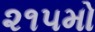
૨૧૫મો